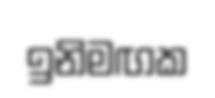
ඉනිමඟක